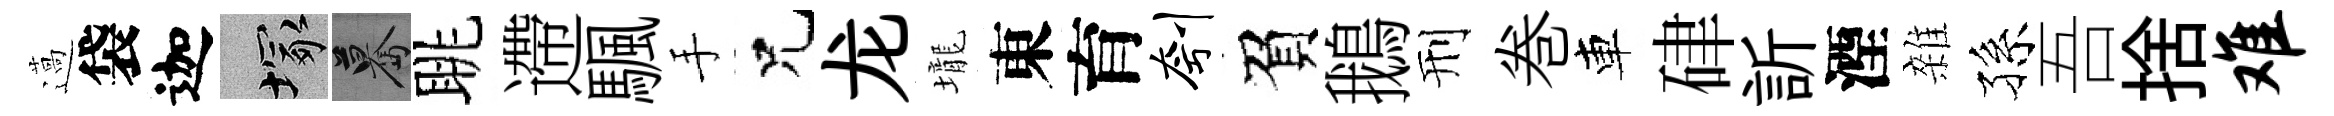
薖袋迦塚驀眺遰颿手兄龙壠東育刳負鵝刑巻車硉訢湮雜孫吾捨难